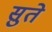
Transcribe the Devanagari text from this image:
सुते